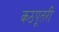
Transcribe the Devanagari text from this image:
कठपूतरी